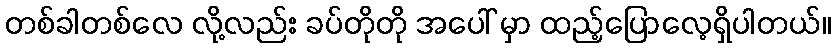
တစ်ခါတစ်လေ လို့လည်း ခပ်တိုတို အပေါ် မှာ ထည့်ပြောလေ့ရှိပါတယ်။